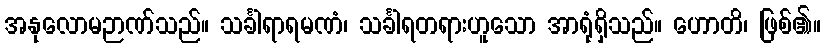
အနုလောမဉာဏ်သည်။ သင်္ခါရာရမဏံ၊ သင်္ခါရတရားဟူသော အာရုံရှိသည်။ ဟောတိ၊ ဖြစ်၏။